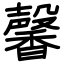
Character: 馨